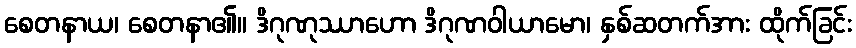
စေတနာယ၊ စေတနာ၏။ ဒိဂုဏုဿာဟော ဒိဂုဏဝါယာမော၊ နှစ်ဆတက်အား ထိုက်ခြင်း